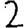
Digit: 2